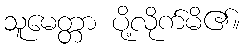
သူမေတ္တာ ပို့လိုက်မိ၏။